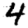
Digit: 4